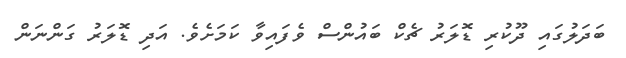
ބަދަލުގައި ދޫކުރި ޑޮލަރު ޗެކް ބައުންސް ވެފައިވާ ކަމަށެވެ. އަދި ޑޮލަރު ގަންނަން